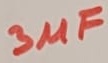
Text: 3µF